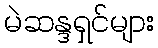
မဲဆန္ဒရှင်များ